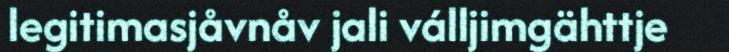
legitimasjåvnåv jali válljimgähttje